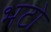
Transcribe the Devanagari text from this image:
भटो